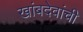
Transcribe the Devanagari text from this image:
खांबदेवांची